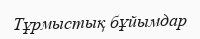
Тұрмыстық бұйымдар